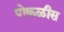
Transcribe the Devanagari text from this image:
पोकळीस